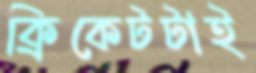
ক্রিকেটটাই